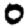
Digit: 0